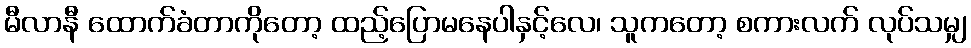
မီလာနီ ထောက်ခံတာကိုတော့ ထည့်ပြောမနေပါနှင့်လေ၊ သူကတော့ စကားလက် လုပ်သမျှ